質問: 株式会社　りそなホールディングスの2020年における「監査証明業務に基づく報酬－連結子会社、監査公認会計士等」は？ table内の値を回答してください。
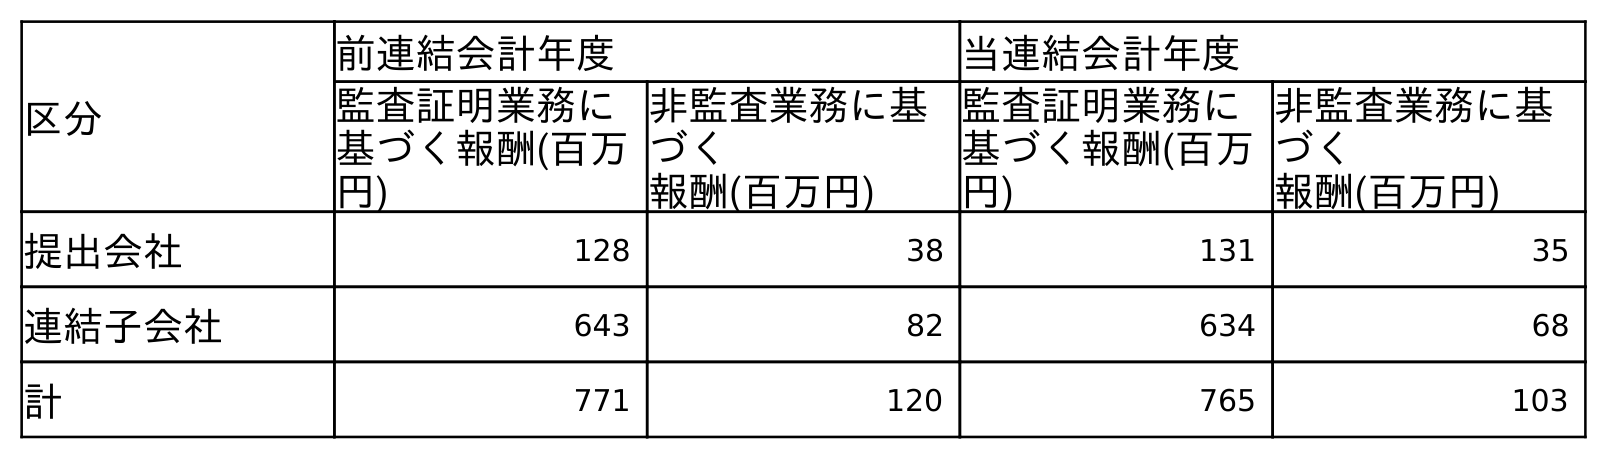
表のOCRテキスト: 区分 前連結会計年度 当連結会計年度 監査証明業務に 基づく報酬(百万 円) 非監査業務に基 づく 報酬(百万円) 監査証明業務に 基づく報酬(百万 円) 非監査業務に基 づく 報酬(百万円) 提出会社 128 38 131 35 連結子会社 643 82 634 68 計 771 120 765 103
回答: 634